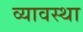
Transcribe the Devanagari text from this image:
व्यावस्था